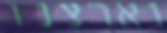
וארצנו